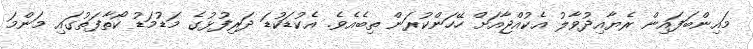
މައިންބަފައިން ރެޔާއިދުވާލު އެކުއްޖާއަށް ހޭހަންކުރަން ތިބެއެވެ. އެކުޑަކުޑަ ދަރިފުޅުގެ މަޑުމަޑު ކޯތާފަތުގައި މަންމަ